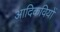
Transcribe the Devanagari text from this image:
आदिकवियों